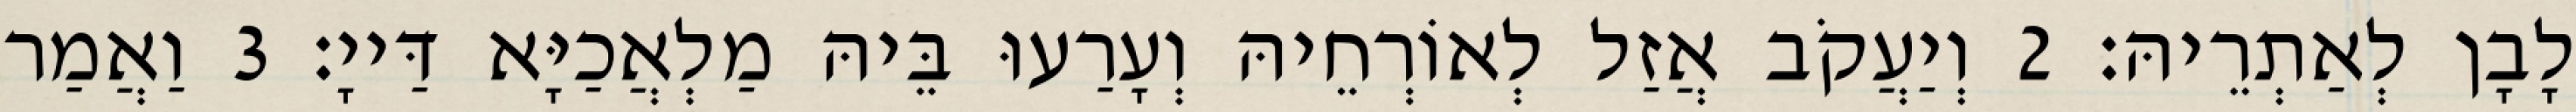
לָבָן לְאַתְרֵיהּ׃ 2 וְיַעֲקֹב אֲזַל לְאוֹרְחֵיהּ וְעָרַעוּ בֵּיהּ מַלְאֲכַיָּא דַּייָ׃ 3 וַאֲמַר